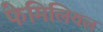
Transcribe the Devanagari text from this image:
फेमिलियल